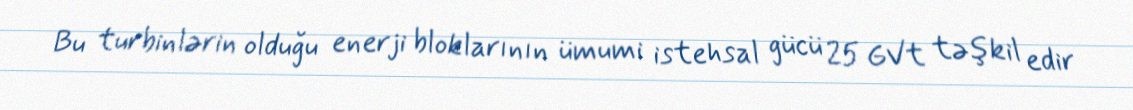
Bu turbinlərin olduğu enerji bloklarının ümumi istehsal gücü 25 GVt təşkil edir